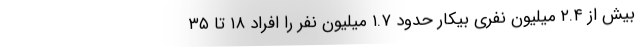
بیش از ۲.۴ میلیون نفری بیکار حدود ۱.۷ میلیون نفر را افراد ۱۸ تا ۳۵